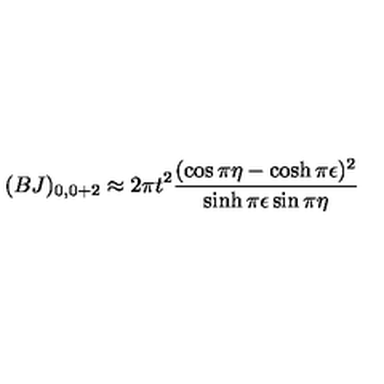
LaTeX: ( B J ) _ { 0 , 0 + 2 } \approx 2 \pi t ^ { 2 } \frac { ( \cos \pi \eta - \cosh \pi \epsilon ) ^ { 2 } } { \sinh \pi \epsilon \sin \pi \eta }